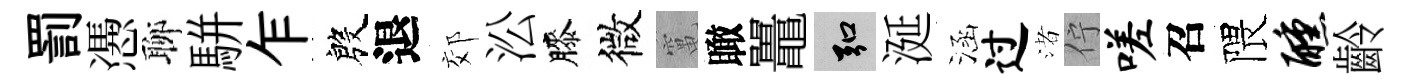
罰慿聊駢乍殷退郊㳂膝微𥧄瞰鼉弘涎涵过渚佇嗟召隈醺齡